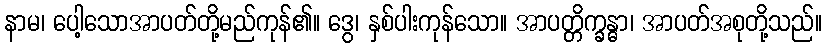
နာမ၊ ပေါ့သောအာပတ်တို့မည်ကုန်၏။ ဒွေ၊ နှစ်ပါးကုန်သော။ အာပတ္တိက္ခန္ဓာ၊ အာပတ်အစုတို့သည်။